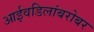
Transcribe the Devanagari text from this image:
आईवडिलांबरोबर